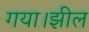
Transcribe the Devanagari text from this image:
गया।झील